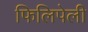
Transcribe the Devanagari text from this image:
फिलिपेली